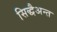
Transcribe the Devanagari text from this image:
सिद्धैअन्त